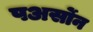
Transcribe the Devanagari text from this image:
पअर्सोन